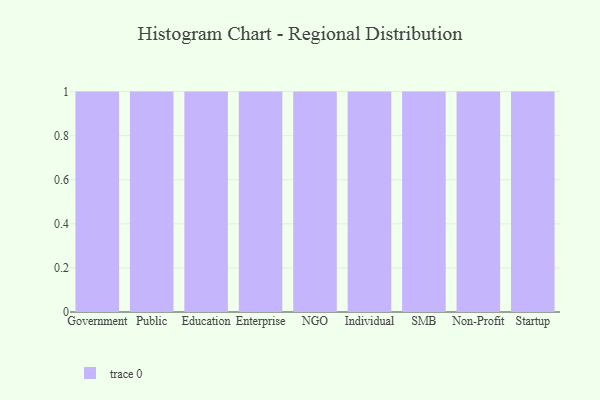
{"axis": {"x": "Segment", "y": "Bounce Rate (%)"}, "legend": [""], "data": [{"x": "Government", "y": 20, "type": ""}, {"x": "Public", "y": 55, "type": ""}, {"x": "Education", "y": 52, "type": ""}, {"x": "Enterprise", "y": 74, "type": ""}, {"x": "NGO", "y": 97, "type": ""}, {"x": "Individual", "y": 23, "type": ""}, {"x": "SMB", "y": 12, "type": ""}, {"x": "Non-Profit", "y": 89, "type": ""}, {"x": "Startup", "y": 67, "type": ""}]}